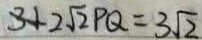
3 + 2 \sqrt { 2 } P Q = 3 \sqrt { 2 }